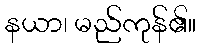
နယာ၊ မည်ကုန်၏။